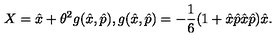
X = \hat { x } + \theta ^ { 2 } g ( \hat { x } , \hat { p } ) , g ( \hat { x } , \hat { p } ) = - \frac { 1 } { 6 } ( 1 + \hat { x } \hat { p } \hat { x } \hat { p } ) \hat { x } .